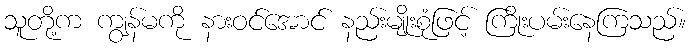
သူတို့က ကျွန်မကို နားဝင်အောင် နည်းမျိုးစုံဖြင့် ကြိုးပမ်းနေကြသည်။